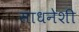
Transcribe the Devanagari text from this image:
साधनेशी